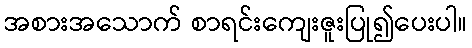
အစားအသောက် စာရင်းကျေးဇူးပြု၍ပေးပါ။